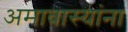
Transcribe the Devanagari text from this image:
अमावास्यांना